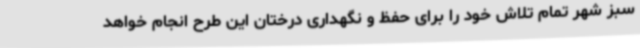
سبز شهر تمام تلاش خود را برای حفظ و نگهداری درختان این طرح انجام خواهد